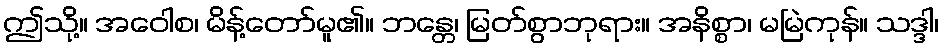
ဤသို့။ အဝေါစ၊ မိန့်တော်မူ၏။ ဘန္တေ၊ မြတ်စွာဘုရား။ အနိစ္စာ၊ မမြဲကုန်။ သဒ္ဒါ၊